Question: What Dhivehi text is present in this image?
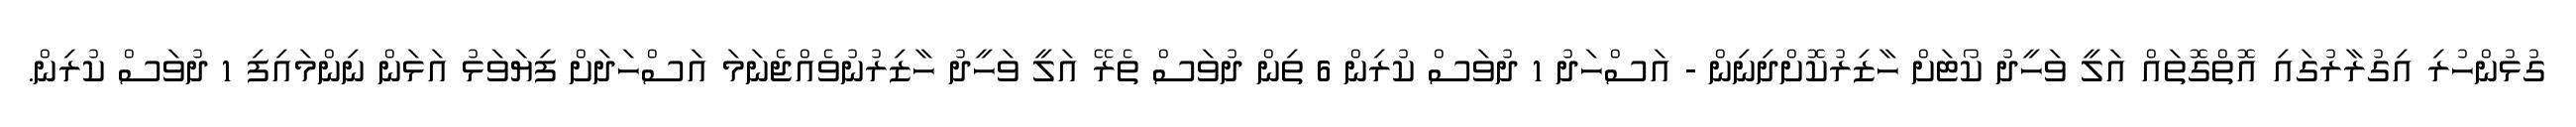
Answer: ގުޅުންހުރި އިގުރާރުގައި އޮތްގޮތައް އަލީ ވަހީދު ކޯޓަށް ހާޒިރުކޮށްދިނިން - އަސްހަދު 1 ދުވަސް ކުރިން 6 ތިން ދުވަސް ތެރޭ އަލީ ވަހީދު ހާޒިރުނުވެއްޖެނަމަ އަސްހަދަށް ފިޔަވަޅު އަޅަން ނިންމައިފި 1 ދުވަސް ކުރިން.